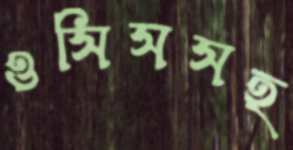
ওসিসসহ